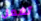
تفعل